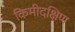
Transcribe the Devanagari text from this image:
किमीदक्षिण